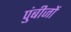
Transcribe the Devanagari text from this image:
पुंबीजों